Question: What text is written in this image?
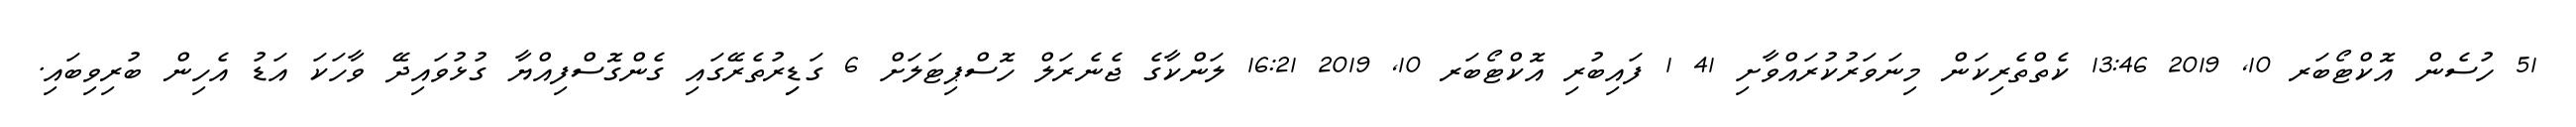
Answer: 51 ހުސެން އޮކްޓޯބަރ 10, 2019 13:46 ކެތްތެރިކަން މިނަވަރުކުރައްވާށި 41 1 ފައިބުރި އޮކްޓޯބަރ 10, 2019 16:21 ލަންކާގެ ޖެނެރަލް ހޮސްޕިޓަލަށް 6 ގަޑިިރުތެރޭގައި ގެންގޮސްފިއްޔާ ގުޅުވައިދޭ ވާހަކަ އަޑު އެހިން ބުރިވިބައި.